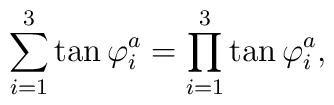
\sum_{i=1}^3 \tan\varphi^a_i=\prod_{i=1}^3 \tan\varphi^a_i,